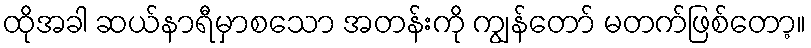
ထိုအခါ ဆယ်နာရီမှာစသော အတန်းကို ကျွန်တော် မတက်ဖြစ်တော့။